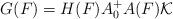
LaTeX: \begin{align*}G(F)=H(F)A_0^+A(F)\mathcal{K}\end{align*}